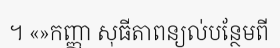
។ «»កញ្ញា សុធីតាពន្យល់បន្ថែមពី